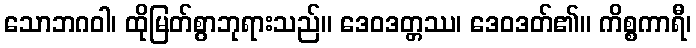
သောဘဂဝါ၊ ထိုမြတ်စွာဘုရားသည်။ ဒေဝဒတ္တဿ၊ ဒေဝဒတ်၏။ ကိစ္စကာရီ၊